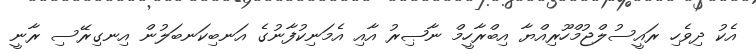
އެކު ދިވެހި ރައީސުލްޖުމްހޫރިއްޔާ އިބްރާހީމް ނާޞިރު އާއި އެމަނިކުފާނުގެ އަނބިކަނބަލުން އިނގިރޭސި ރާނީ